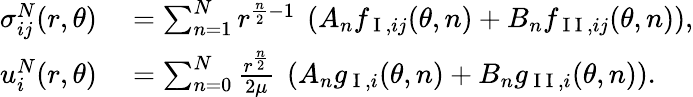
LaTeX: \begin{array}{rl}{\sigma_{ij}^{N}(r,\theta)}&{{}=\sum_{n=1}^{N}{r^{\frac{n}{2}-1}\ \left(A_{n}f_{\mathrm{~I~},ij}(\theta,n)+B_{n}f_{\mathrm{~I~I~},ij}(\theta,n)\right)},}\\ {u_{i}^{N}(r,\theta)}&{{}=\sum_{n=0}^{N}\frac{r^{\frac{n}{2}}}{2\mu}\ \left(A_{n}g_{\mathrm{~I~},i}(\theta,n)+B_{n}g_{\mathrm{~I~I~},i}(\theta,n)\right).}\end{array}